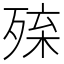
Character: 𣨚